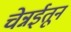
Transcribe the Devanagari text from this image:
चेन्नईतून